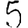
Digit: 5